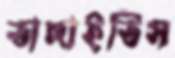
ভাঙ্গাইতিস